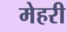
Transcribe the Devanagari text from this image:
मेहरी